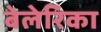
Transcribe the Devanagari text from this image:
बेलेरिका